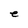
Character: e